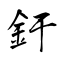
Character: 釪